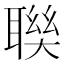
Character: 聫